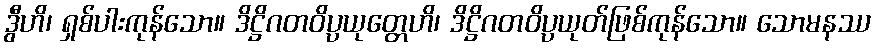
ဒွီဟိ၊ ရှစ်ပါးကုန်သော။ ဒိဋ္ဌိဂတဝိပ္ပယုတ္တေဟိ၊ ဒိဋ္ဌိဂတဝိပ္ပယုတ်ဖြစ်ကုန်သော။ သောမနဿ